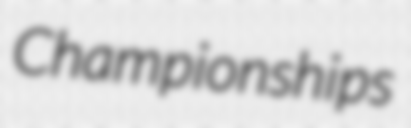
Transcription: Championships